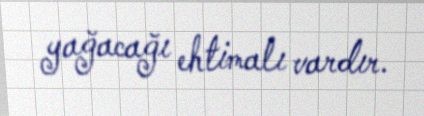
yağacağı ehtimalı vardır.